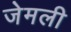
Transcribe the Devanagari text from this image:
जेमली